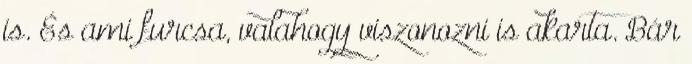
is. És ami furcsa, valahogy viszonozni is akarta. Bár